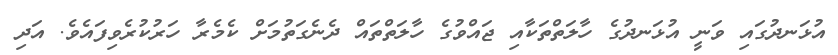
އުޅަނދުގައި ވަނީ އުޅަނދުގެ ހާލަތްތަކާއި ޖައްވުގެ ހާލަތްތައް ދެނެގަތުމަށް ކެމެރާ ހަރުކުރެވިފައެވެ. އަދި